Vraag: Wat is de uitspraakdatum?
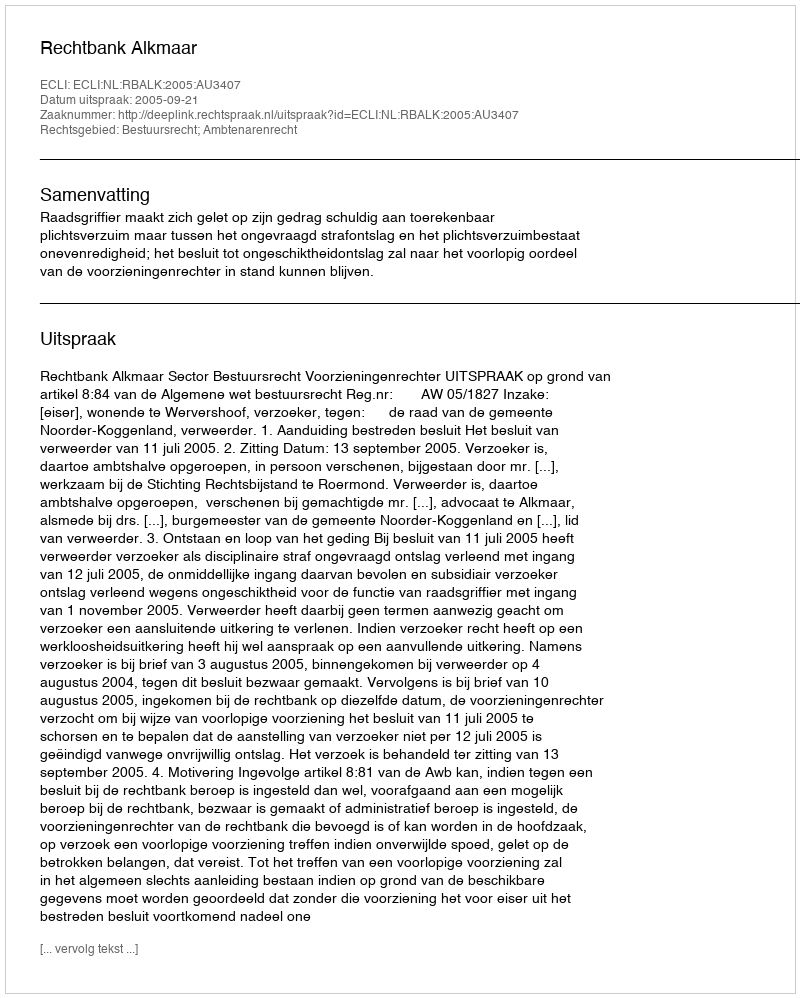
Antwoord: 2005-09-21